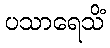
ပသာရေသိံ